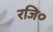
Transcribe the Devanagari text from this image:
रजि०